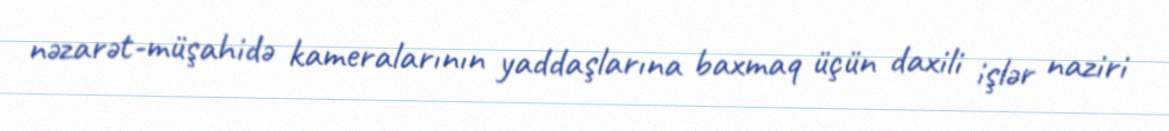
nəzarət-müşahidə kameralarının yaddaşlarına baxmaq üçün daxili işlər naziri